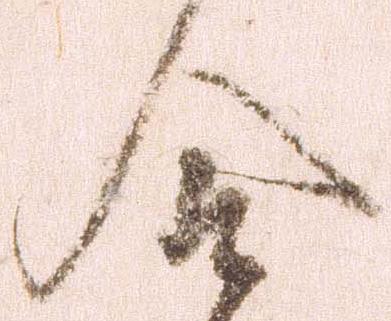
合